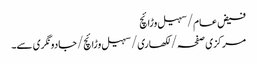
فیض عام/سہیل وڑائچ
مرکزی صفحہ/ لکھاری/ سہیل وڑائچ/جادو نگری سے۔